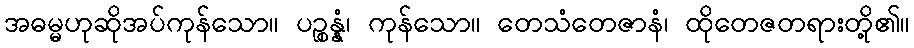
အဓမ္မဟုဆိုအပ်ကုန်သော။ ပဉ္စန္နံ၊ ကုန်သော။ တေသံတေဇာနံ၊ ထိုတေဇတရားတို့၏။